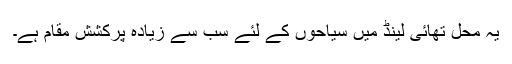
یہ محل تھائی لینڈ میں سیاحوں کے لئے سب سے زیادہ پرکشش مقام ہے۔